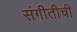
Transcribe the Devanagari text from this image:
संगीतीची